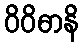
ဝိဝိဓာနိ